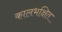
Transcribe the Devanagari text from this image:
कालभक्षित